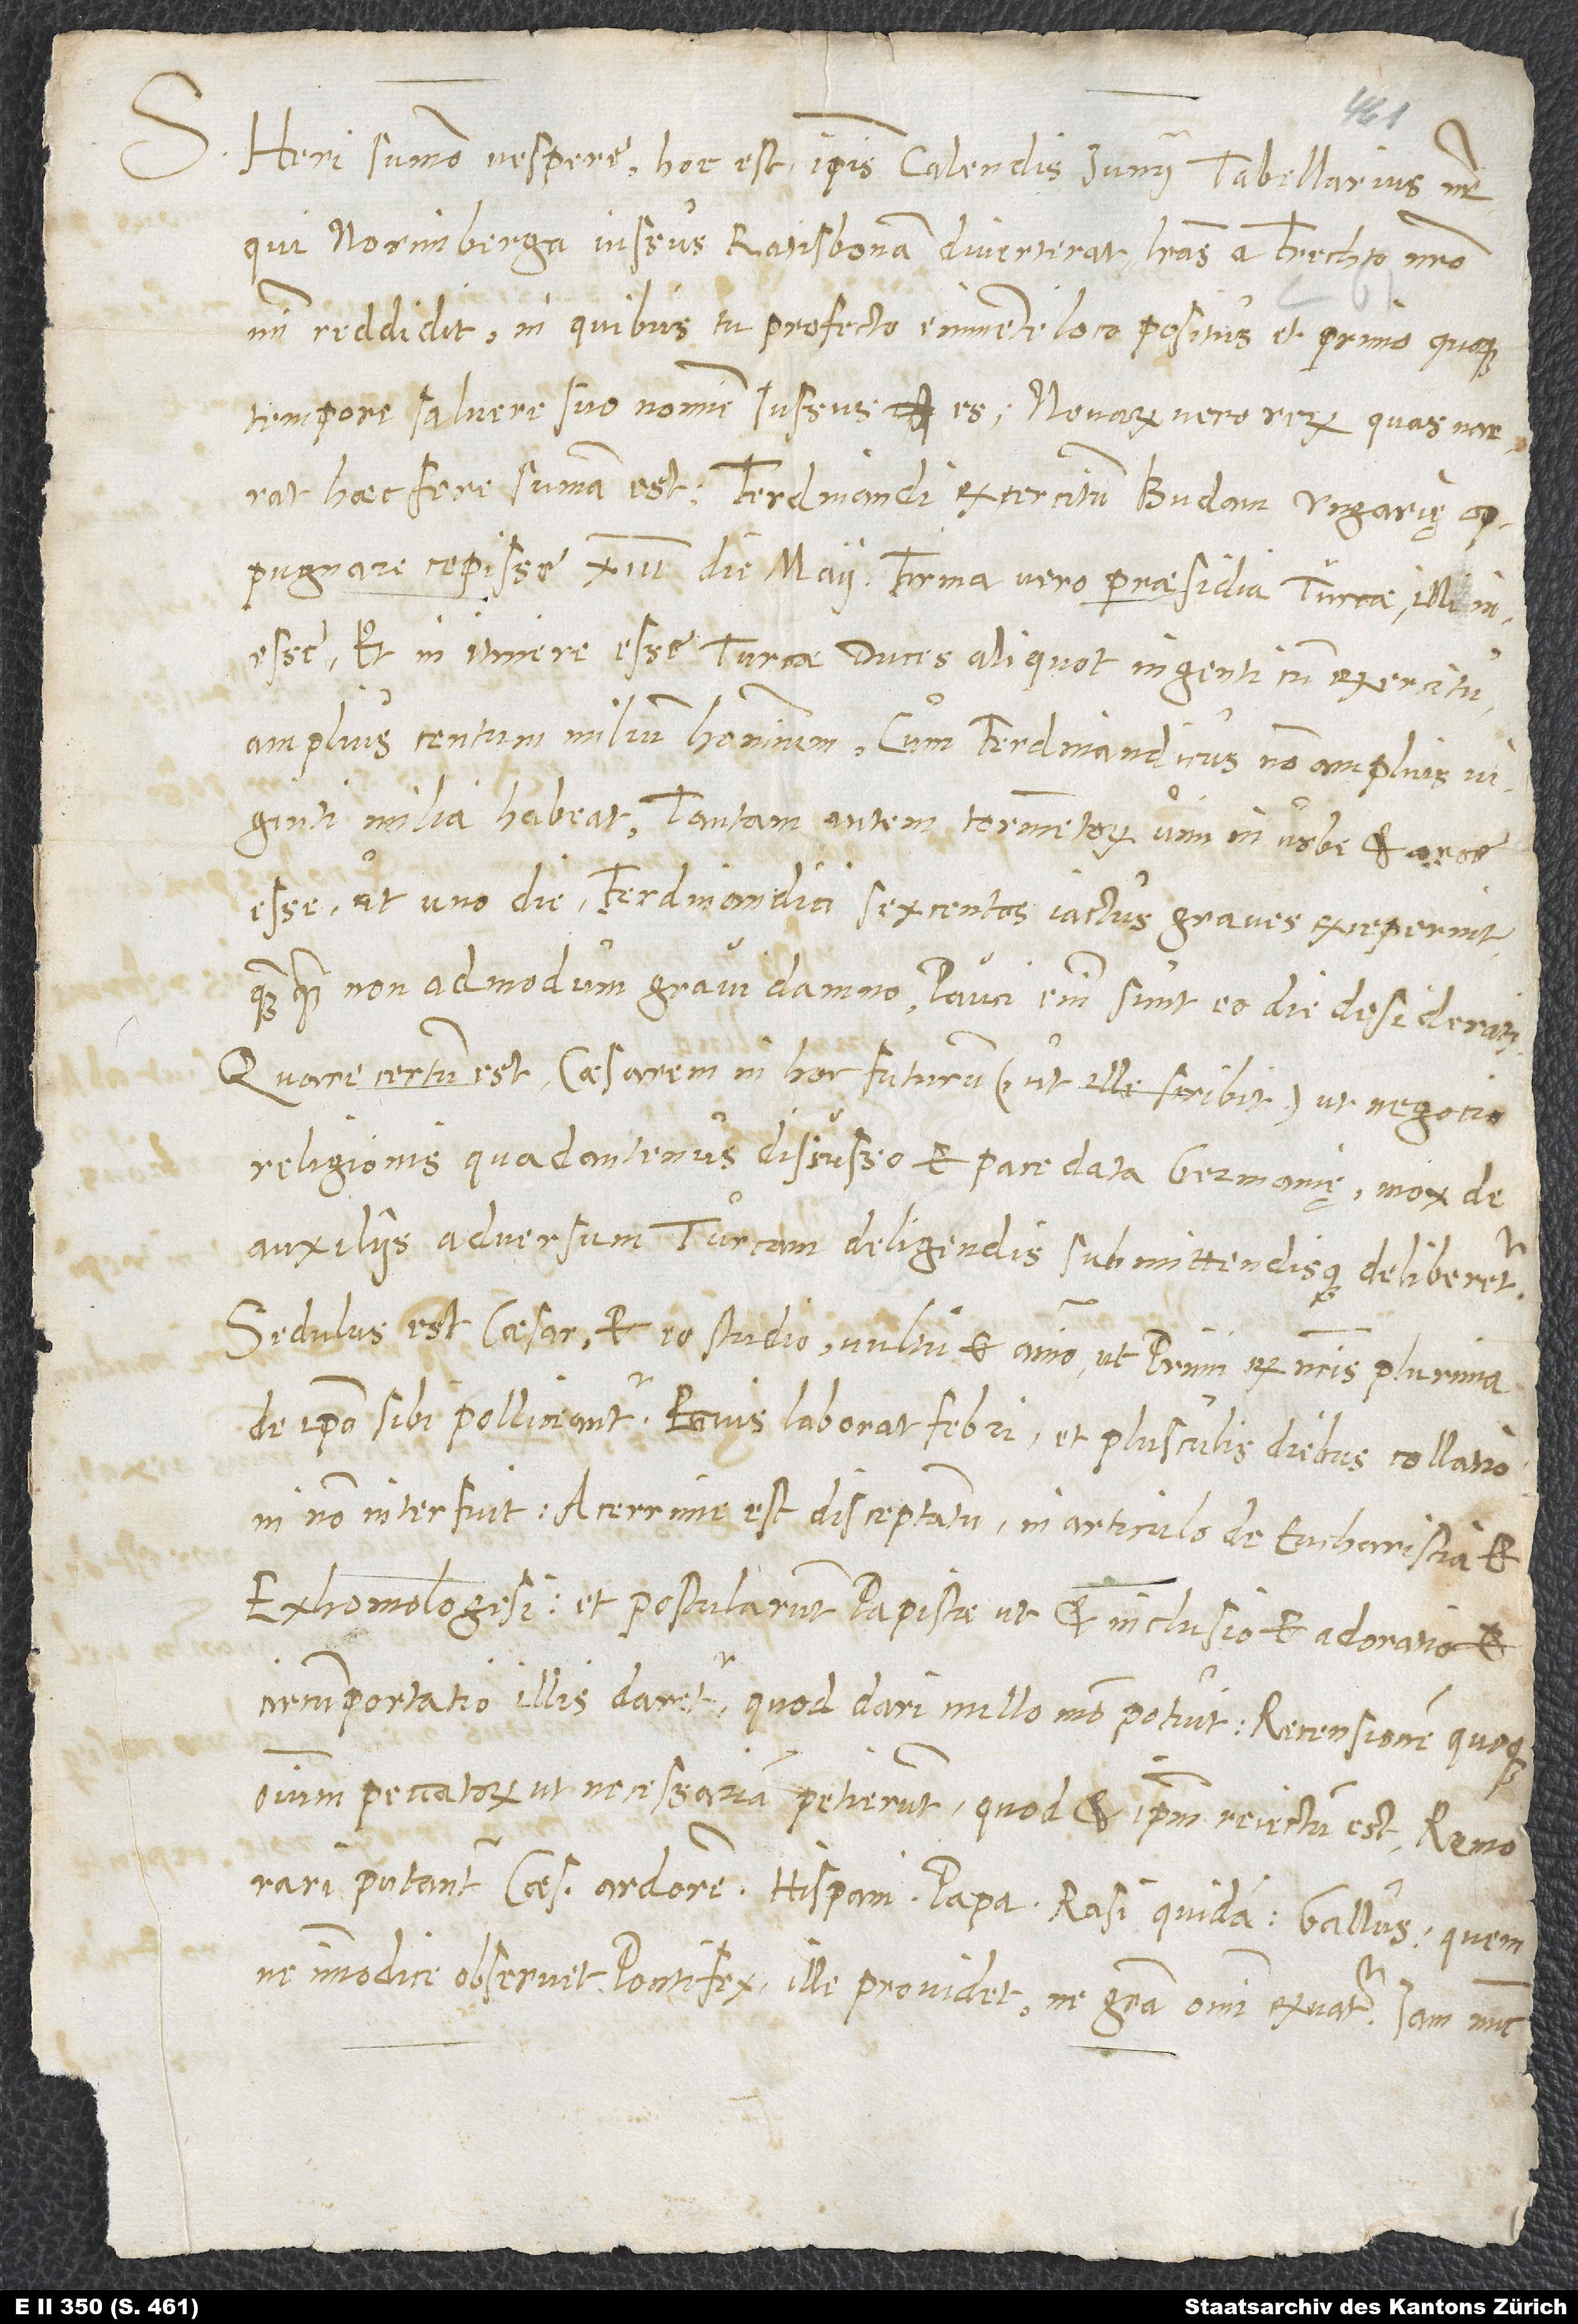
S.
Heri summo vespere, hoc est ipsis Kalendis Iunii, tabellarius noster,
qui Norimberga iussus Ratisbonam diverterat, literas a Frechto nostro
mihi reddidit, in quibus tu profecto eminente loco positus et primo quoque
tempore salvere suo nomine iussus es. Novarum vero rerum, quas narrat,
haec fere summa est: Ferdinandi exercitum Budam Ungarię
oppugnare coepisse XIII. die Maii; firma vero praesidia Turcae illi
inesse et in itinere esse Turcae duces aliquot ingenti cum exercitu,
amplius centum milium hominum, cum Ferdinandicus non amplius viginti
milia habeat. Tantam autem tormentorum vim in urbe et arce
esse, ut uno die Ferdinandici sexcentos iactus graves exceperint,
quamquam non admodum gravi damno; pauci enim sunt eo die desiderati.
Quare certum est Caesarem in hoc futurum (ut ille scribit), ut, negotio
religionis quadantenus discusso et pace data Germanię, mox de
auxiliis adversum Turcam deligendis submittendisque deliberetur.
Sedulus est Caesar et eo studio, vultu et animo, ut primi ex nostris plurima
de ipso sibi polliceantur. Eccius laborat febri et plusculis diebus collationi
non interfuit. Acerrime est disceptatum in articulo de eucharistia et
exhomologesi, et postularunt papistae, ut et inclusio et adoratio et
circumportatio illis daretur, quod dari nullo modo potuit; recensionem quoque
omnium peccatorum ut necessariam petierunt, quod et ipsum reiectum est. Remorari
putantur Caesaris ardorem Hispani, papa, rasi quidam, Gallus, quem
ne immodice observet pontifex, ille providet, ne gratia omni exuatur, Iam nunc